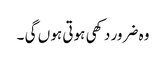
وہ ضرور دکھی ہوتی ہو ں گی ۔